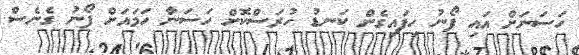
ހަސަނަށް އައި ފޯނު ހިފައިގެން ކަނޑު ހުރަސްކޮށް ހަސަނާ ހަމައަށް ފޯނު ގެނެސް